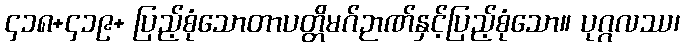
၄၁၈+၄၁၉+ ပြည့်စုံသောတာပတ္တိမဂ်ဉာဏ်နှင့်ပြည့်စုံသော။ ပုဂ္ဂလဿ၊